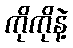
ကိုကိုနဲ့